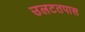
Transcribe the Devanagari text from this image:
उलटतपास